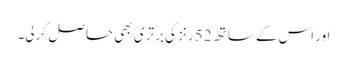
اور اس کے ساتھ 52 رنز کی برتری بھی حاصل کر لی۔